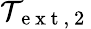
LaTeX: \mathcal{T}_{\mathrm{~e~x~t~,~2~}}